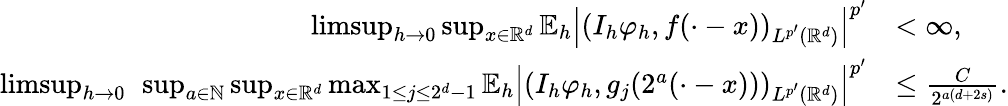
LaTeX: \begin{array}{rl}{\operatorname*{limsup}_{h\to 0}\operatorname*{sup}_{x\in\mathbb{R}^{d}}\mathbb{E}_{h}\left|(I_{h}\varphi_{h},f(\cdot-x))_{L^{p^{\prime}}(\mathbb{R}^{d})}\right|^{p^{\prime}}}&{<\infty,}\\ {\operatorname*{limsup}_{h\to 0}\ \operatorname*{sup}_{a\in\mathbb{N}}\operatorname*{sup}_{x\in\mathbb{R}^{d}}\operatorname*{max}_{1\le j\le 2^{d}-1}\mathbb{E}_{h}\left|(I_{h}\varphi_{h},g_{j}(2^{a}(\cdot-x)))_{L^{p^{\prime}}(\mathbb{R}^{d})}\right|^{p^{\prime}}}&{\le\frac{C}{2^{a(d+2s)}}.}\end{array}